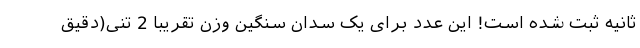
ثانیه ثبت شده است! این عدد برای یک سدان سنگین وزن تقریبا 2 تنی(دقیق